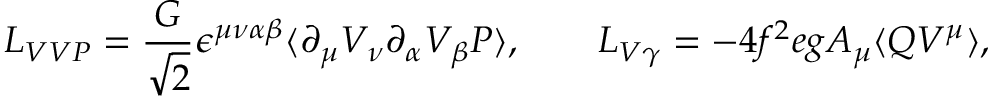
{ \cal L } _ { V V P } = \frac { G } { \sqrt { 2 } } \epsilon ^ { \mu \nu \alpha \beta } \langle \partial _ { \mu } V _ { \nu } \partial _ { \alpha } V _ { \beta } P \rangle , \qquad { \cal L } _ { V \gamma } = - 4 f ^ { 2 } e g A _ { \mu } \langle Q V ^ { \mu } \rangle ,